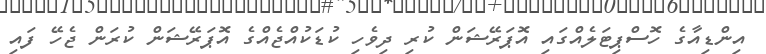
އިންޑިއާގެ ހޮސްޕިޓަލެއްގައި އޮޕަރޭޝަން ކުރި ދިވެހި ކުޑަކުއްޖެއްގެ އޮޕަރޭޝަން ކުރަން ޖެހޭ ފައި